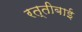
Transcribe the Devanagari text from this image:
रत्तीबाई